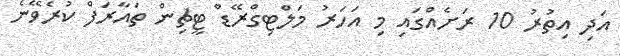
އަދި އިތުރު 10 ރަށެއްގައި މި އަހަރު މަލްޓިގްރޭޑް ޓީޗިން ތައާރަފް ކުރެވޭނެ